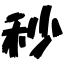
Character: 秒